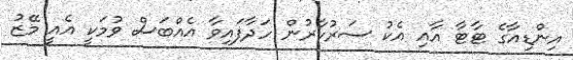
އިންޑިއާގެ ޓާޓާ އާއި އެކު ސަރުކާރުން ހަދާފައިވާ އެއްބަސް ވުމަކީ އެއީ މޭޒު